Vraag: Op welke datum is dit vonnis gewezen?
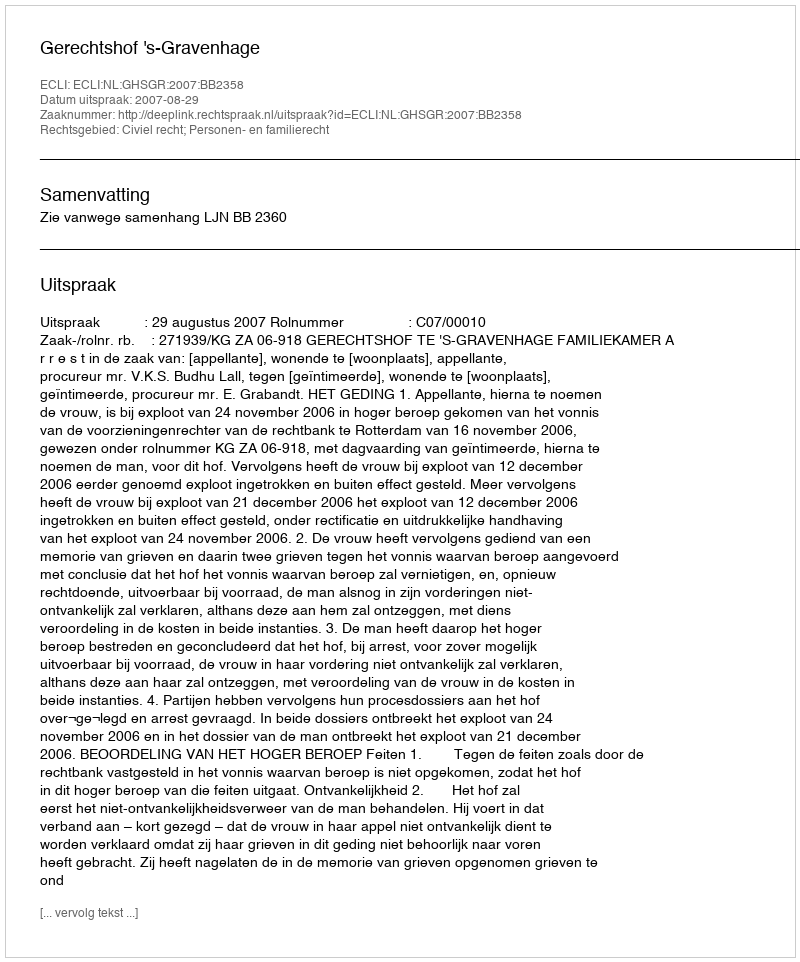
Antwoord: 2007-08-29